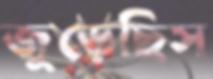
জুড়েছিস